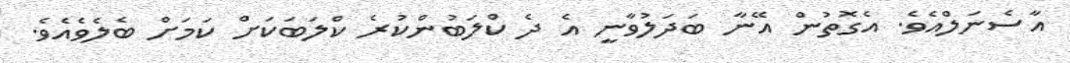
އާސެނަލްއެވެ. އެގޮތުން އޭނާ ބަދަލުވާނީ އެ ދެ ކްލަބުންކުރެ ކްލަބަކަށް ކަމަށް ބެލެވެއެވެ.